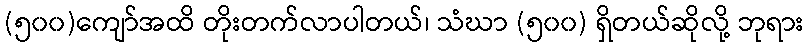
(၅၀၀)ကျော်အထိ တိုးတက်လာပါတယ်၊ သံဃာ (၅၀၀) ရှိတယ်ဆိုလို့ ဘုရား